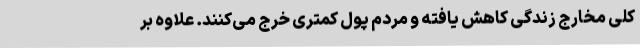
کلی مخارج زندگی کاهش یافته و مردم پول کمتری خرج می‌کنند. علاوه بر